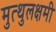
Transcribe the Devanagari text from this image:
मुत्थुलक्षमी